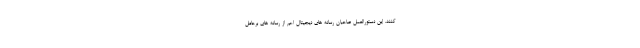
کنند. این دستورالعمل صاحبان رسانه های دیجیتال اعم از رسانه های برحامل